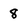
Character: 8